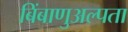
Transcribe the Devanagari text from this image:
बिंबाणुअल्पता